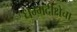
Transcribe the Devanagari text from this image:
धम्मदीक्षेचा